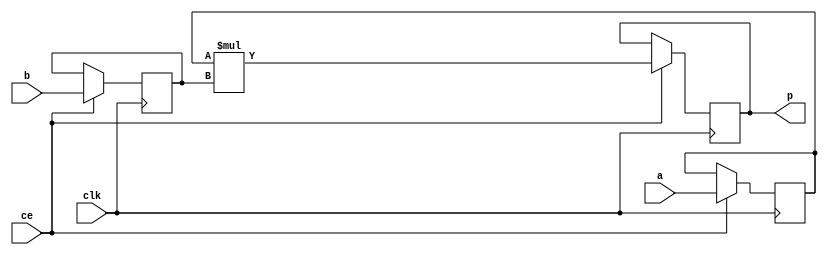
// ==============================================================
// File generated by Vivado(TM) HLS - High-Level Synthesis from C, C++ and SystemC
// Version: 2012.2
// Copyright (C) 2012 Xilinx Inc. All rights reserved.
// 
// ==============================================================


module count_vert_grp_fu_2307_ACMP_mul_123_MulnS_1(clk, ce, a, b, p);
input clk;
input ce;
input[3 - 1 : 0] a; // synthesis attribute keep a "true"
input[4 - 1 : 0] b; // synthesis attribute keep b "true"
output[7 - 1 : 0] p;
reg[3 - 1 : 0] a_reg;
reg[4 - 1 : 0] b_reg;
wire [7 - 1 : 0] tmp_product;
reg[7 - 1 : 0] buff0;

assign p = buff0;
assign tmp_product = a_reg * b_reg;
always @ (posedge clk) begin
    if (ce) begin
        a_reg <= a;
        b_reg <= b;
        buff0 <= tmp_product;
    end
end
endmodule